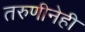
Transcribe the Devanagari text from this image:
तरुणीनेही